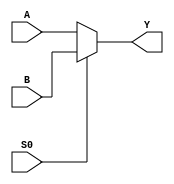
//-----------------------------------------------------
// Design Name : MUX2
// Function    : Standard cell (static gate) implementation 
//               of 2-input multiplexers
// Coder       : Xifan Tang
//-----------------------------------------------------

module MUX2(
    // iVerilog is buggy on the 'input A' declaration when deposit initial
    // values 
	input [0:0] A,   // Data input 0
	input [0:0] B,   // Data input 1
	input [0:0] S0, // Select port
	output [0:0] Y  // Data output
	);
  
	assign Y = S0 ? B : A;

// Note: 
//	 MUX2 appears will appear in LUTs, routing multiplexers,
//   being a component in combinational loops
//   To help convergence in simulation 
//   i.e., to avoid the X (undetermined) signals,
//   the following timing constraints and signal initialization 
//   has to be added!

`ifdef ENABLE_TIMING
// ------ BEGIN Pin-to-pin Timing constraints -----
	specify
		(A => Y) = (0.001, 0.001);
		(B => Y) = (0.001, 0.001);
		(S0 => Y) = (0.001, 0.001);
	endspecify
// ------ END Pin-to-pin Timing constraints -----
`endif

`ifdef ENABLE_SIGNAL_INITIALIZATION
// ------ BEGIN driver initialization -----
	initial begin
	`ifdef ENABLE_FORMAL_VERIFICATION
		$deposit(A, 1'b0);
		$deposit(B, 1'b0);
		$deposit(S0, 1'b0);
	`else
		$deposit(A, $random);
		$deposit(B, $random);
		$deposit(S0, $random);
	`endif

	end
// ------ END driver initialization -----
`endif

endmodule

//-----------------------------------------------------
// Design Name : CARRY_MUX2
// Function    : Standard cell (static gate) implementation
//               of 2-input multiplexers to be used by carry logic 
// Coder       : Xifan Tang
//-----------------------------------------------------

module CARRY_MUX2(
	input [0:0] A0,   // Data input 0
	input [0:0] A1,   // Data input 1
	input [0:0] S, // Select port
	output [0:0] Y  // Data output
	);
  
	assign Y = S ? A1 : A0;

// Note: 
//	 MUX2 appears in the datapath logic driven by carry-in and LUT outputs
//	 where initial values and signal deposit are not required

endmodule